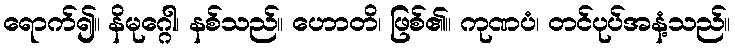
ရောက်၍။ နိမုဂ္ဂေါ၊ နစ်သည်။ ဟောတိ၊ ဖြစ်၏။ ကုဏပံ၊ တင်ပုပ်အနံ့သည်။